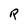
Character: R